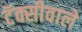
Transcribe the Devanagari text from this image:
टॅक्सीवाले